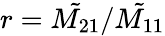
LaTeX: r=\tilde{M_{21}}/\tilde{M_{11}}